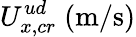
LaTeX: U_{x,cr}^{ud}\; (\mathrm{m/s})